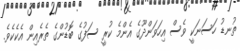
ތުނޑު ހަސަނަކީ ވެސް އިހަވަންދޫގެ އެންމެ ކުރީ ސަފުގެ ބޮޑުންގެ ތެރެއިން އެކެކެވެ.